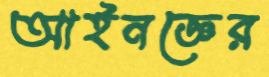
আইনজ্ঞের